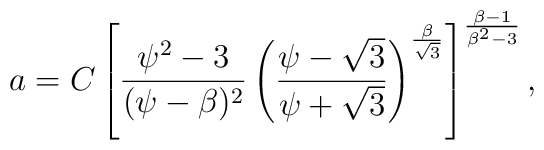
a = C\left[\frac{\psi^2-3}{(\psi-\beta)^2}\left(\frac{\psi-\sqrt3}{\psi+\sqrt3}\right)^{\frac{\beta}{\sqrt3}}\right]^{\frac{\beta-1}{\beta^2-3}},